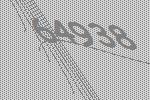
64938